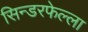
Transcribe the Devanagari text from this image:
सिन्डरफेल्ला